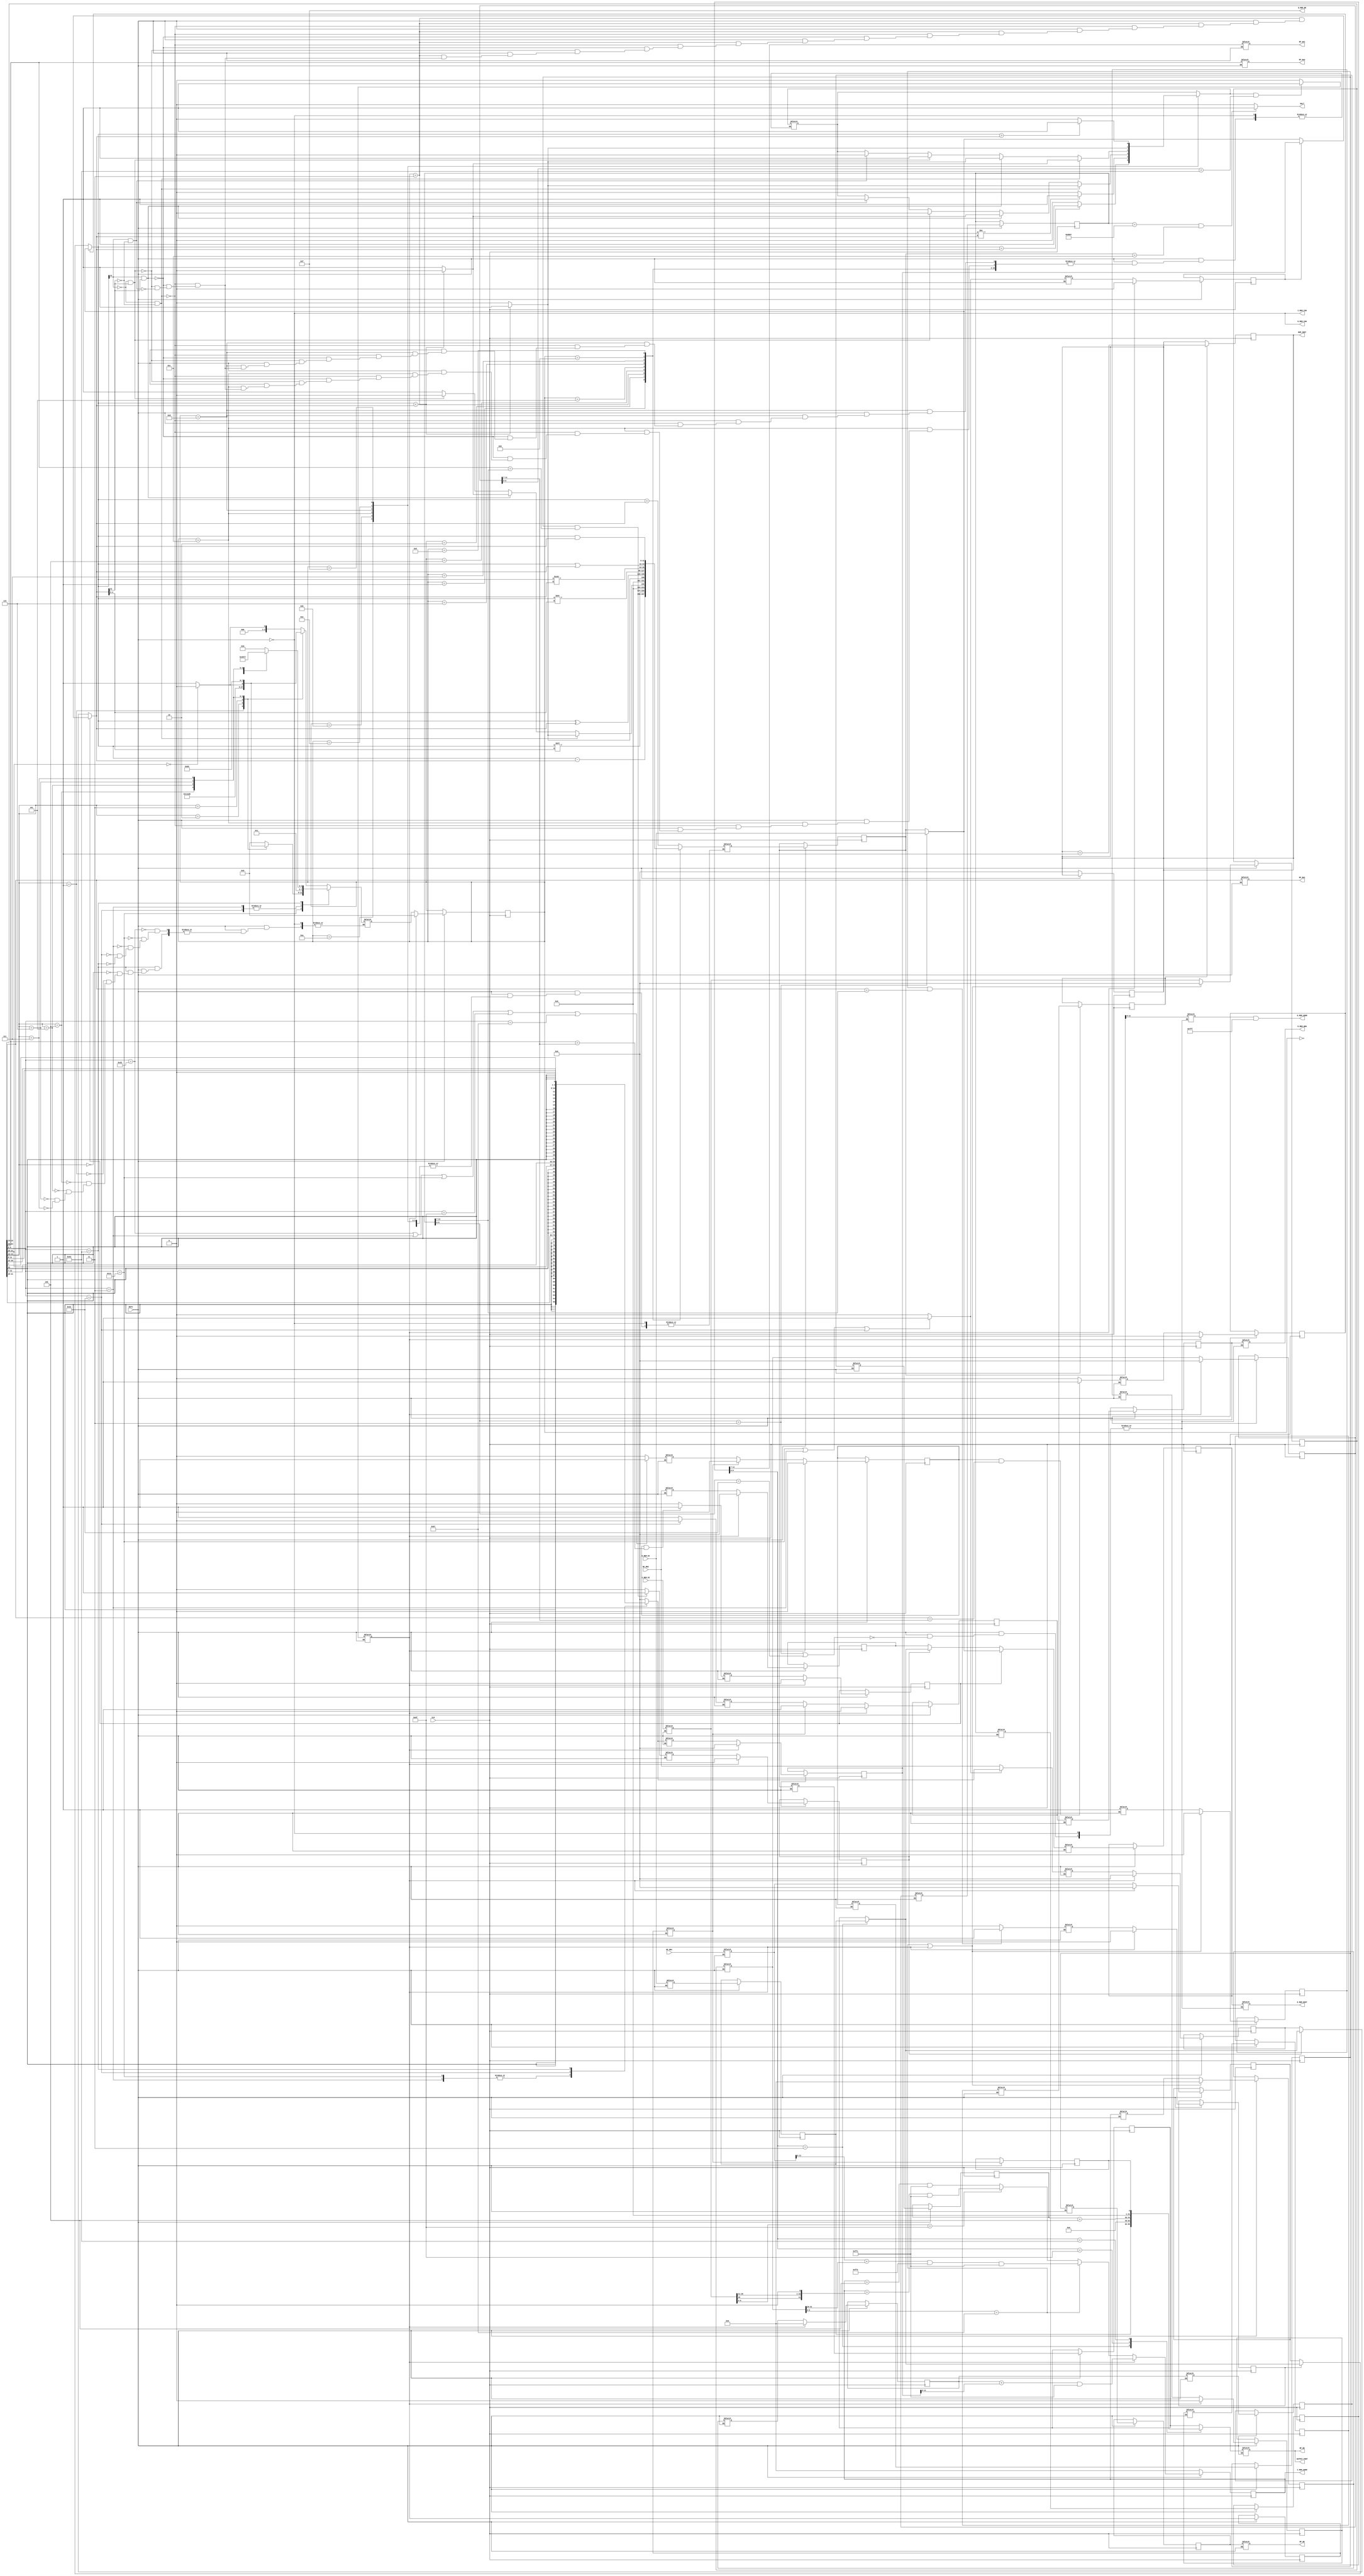
module RISCV_TOP(
	//General Signals
	input wire CLK,
	input wire RSTn,

	//I-Memory Signals
	output wire I_MEM_CSN,
	input wire [31:0] I_MEM_DI,//input from IM
	output reg [11:0] I_MEM_ADDR,//in byte address

	//D-Memory Signals
	output wire D_MEM_CSN,
	input wire [31:0] D_MEM_DI,
	output wire [31:0] D_MEM_DOUT,
	output wire [11:0] D_MEM_ADDR,//in word address
	output wire D_MEM_WEN,
	output wire [3:0] D_MEM_BE,

	//RegFile Signals
	output wire RF_WE,
	output wire [4:0] RF_RA1,
	output wire [4:0] RF_RA2,
	output wire [4:0] RF_WA1,
	input wire [31:0] RF_RD1,
	input wire [31:0] RF_RD2,
	output wire [31:0] RF_WD,
	output wire HALT,                   // if set, terminate program
	output reg [31:0] NUM_INST,         // number of instruction completed
	output wire [31:0] OUTPUT_PORT      // equal RF_WD this port is used for test
	);

///////////////////////////////PARAMATERS////////////////////////////////////
parameter	[6:0]  	OP_R = 7'b0110011, 	//ADD OR...
	          		OP_IC= 7'b0010011, //ADDI, ANDI...
	          		OP_L = 7'b0000011, 	//LW
	          		OP_S = 7'b0100011, 	//SW
					OP_B = 7'b1100011,	//BR
	          		OP_JAL = 7'b1101111,	//JAL
	          		OP_JALR = 7'b1100111;	//JALR
parameter	[3:0]	ALU_ADD = 4'b0000,
					ALU_SUB = 4'b0001,
					ALU_SLL = 4'b0010,
					ALU_SLT = 4'b0011,
					ALU_SLTU = 4'b0100,
					ALU_XOR = 4'b0101,
					ALU_SRL = 4'b0110,
					ALU_SRA = 4'b0111,
					ALU_OR = 4'b1000,
					ALU_AND = 4'b1001,
					ALU_BEQ = 4'b1010,
					ALU_BNE = 4'b1011,
					ALU_BLT = 4'b1100,
					ALU_BGE = 4'b1101,
					ALU_BLTU = 4'b1110,
					ALU_BGEU = 4'b1111;
///////////////////////////////PARAMATERS////////////////////////////////////

///////////////////////////////REGISTERS/////////////////////////////////////
// wire definitions, assign each wire to a reg to be used in behaviral
// Chip select 
	assign I_MEM_CSN = ~RSTn;
	assign D_MEM_CSN = ~RSTn; 
//D-memory
	reg		[31:0]	dmemdout,dmemdi;
	reg		[31:0]	dmemaddr;
	reg		MemWriteN,dmemwen;
	assign 	D_MEM_DOUT = dmemdout;
	assign 	D_MEM_ADDR = dmemaddr & 16'h3fff;
	assign 	D_MEM_WEN = dmemwen; 
	assign D_MEM_BE = 4'b1111;
//RegFile 
	reg 	RegWrite;
	reg 	[4:0] 	rfra1,rfra2,rfwa1;
	reg 	[31:0]	rfrd1,rfrd2,rfwd;
	reg 	rfwe;
	reg 	MemToReg;
	assign	RF_WE = rfwe;
	assign 	RF_RA1 = rfra1;
	assign 	RF_RA2 = rfra2;
	assign 	RF_WA1 = rfwa1;
	assign 	RF_WD = rfwd;
	assign OUTPUT_PORT = rfwd; 

/* DATA HARZARDS */ 
	reg id_ex_in_DH_raw1;
	reg id_ex_in_DH_raw2;
	reg id_mem_in_DH_1;
	reg id_mem_in_DH_2;
	reg id_wb_in_DH_1;
	reg id_wb_in_DH_2;

	reg id_ex_out_DH_raw1;
	reg id_ex_out_DH_raw2;
	reg id_mem_out_DH_1;
	reg id_mem_out_DH_2;
	reg id_wb_out_DH_1;
	reg id_wb_out_DH_2;	

// BRANCH Conditions
	reg bcond;
	// weather a branch was taken 
	reg branch_at_ex_mem_in,branch_at_ex_mem_out;
	reg branch_at_mem_wb_in,branch_at_mem_wb_out;

/* Pipeline Registers */ 
	// the instruction I_MEM_DI is forwarded to every stage of that instruction  

	/* IF stage registers*/ 
	reg if_id_start;
	reg if_id_end;
	// INPUTS
	reg [31:0] if_id_in_I_MEM_DI; 	//input from insturction memeory
	reg [11:0] if_id_in_I_MEM_ADDR;	//instruction address
	// to ID 
	reg [31:0]	if_id_out_I_MEM_DI;
	reg [11:0]	if_id_out_I_MEM_ADDR;	

	/* ID stage registers */
	reg id_exe_start;
	reg id_exe_end;

	reg [31:0] 	id_ex_in_I_MEM_DI;
	reg [11:0]	id_ex_in_I_MEM_ADDR; 
	reg [31:0]	id_ex_in_ALU_A, id_ex_in_ALU_B;
	reg [31:0] 	id_ex_in_imm;
	reg [4:0]	id_ex_in_RF_WA1; //register to write need to passed to every stage
	reg [31:0]	id_ex_in_RF_RD1; 
	reg [31:0]	id_ex_in_RF_RD2; 
	// CONTROLS 
	reg 		id_ex_in_RegWrite, id_ex_in_ALU_src,id_ex_in_MemWriteN;
	reg [3:0]	id_ex_in_ALU_OP; 
	// to EXE
	reg [3:0] 	id_ex_out_ALU_OP;
	reg [31:0]	id_ex_out_I_MEM_DI;
	reg	[11:0]	id_ex_out_I_MEM_ADDR;
	reg [31:0]	id_ex_out_ALU_A,id_ex_out_ALU_B;
	reg [4:0]	id_ex_out_RF_WA1;
	reg [31:0]	id_ex_out_ALU_Result;
	reg [31:0] id_ex_out_RF_RD1;
	reg [31:0] id_ex_out_RF_RD2;
	reg id_ex_out_RegWrite;
	reg id_ex_out_ALU_src;
	reg id_ex_out_MemWriteN;
	reg [31:0]	id_ex_out_imm;

	/* EX stage registers */
	reg exe_mem_start;
	reg exe_mem_end;
	// INPUTS
	reg [31:0] 	ALU_A, ALU_B;
	// OUTPUTS 
	reg [31:0]	ex_mem_in_ALU_Result;
	reg [31:0]	ex_mem_in_I_MEM_DI;
	reg [11:0]	ex_mem_in_I_MEM_ADDR;
	reg	[4:0]	ex_mem_in_RF_WA1;
	reg [31:0]	ex_mem_in_RF_RD1; 
	reg [31:0]	ex_mem_in_RF_RD2; 
	// CONTROLS
	reg ex_mem_in_MemWriteN;
	reg ex_mem_in_RegWrite;
	// to MEM
	reg [31:0]	ex_mem_out_ALU_Result;
	reg [31:0]	ex_mem_out_I_MEM_DI;
	reg	[11:0]	ex_mem_out_I_MEM_ADDR;
	reg [31:0]	ex_mem_out_RF_RD1;
	reg [31:0]	ex_mem_out_RF_RD2;
	reg [3:0]	ex_mem_out_ALU_OP;
	reg [4:0]	ex_mem_out_RF_WA1;
	reg ex_mem_out_RegWrite,ex_mem_out_MemWriteN;

	// MEM stage registers 
	reg mem_wb_start;
	reg	mem_wb_end;
	//OUTPUTS 
	reg [31:0]	mem_wb_in_ALU_Result;
	reg [31:0]	mem_wb_in_I_MEM_DI;
	reg	[11:0]	mem_wb_in_I_MEM_ADDR;
	reg [4:0]	mem_wb_in_RF_WA1;
	reg [3:0]	mem_wb_in_ALU_OP;
	reg	[31:0]	mem_wb_in_D_MEM_DI;
	reg [31:0]	mem_wb_in_RF_RD1;
	reg [31:0]	mem_wb_in_RF_RD2;
	//CONTROL
	reg mem_wb_in_RegWrite;
	// to WB 
	reg [31:0]	mem_wb_out_ALU_Result;
	reg [31:0] 	mem_wb_out_I_MEM_DI;
	reg [11:0]	mem_wb_out_I_MEM_ADDR;
	reg [31:0]	mem_wb_out_D_MEM_DI;
	reg [31:0]  mem_wb_out_RF_RD1;
	reg [31:0]	mem_wb_out_RF_RD2;
	reg [4:0]	mem_wb_out_RF_WA1;
	reg	[3:0]	mem_wb_out_ALU_OP;
	reg mem_wb_out_RegWrite;

//Halt
	assign HALT = (ex_mem_out_I_MEM_DI== 32'h00008067 && ex_mem_out_ALU_Result == 32'h0000000c)?1'b1:1'b0;
///////////////////////////////REGISTERS/////////////////////////////////////


/////////////////////////////FOR DEBUGGING PURPOSES /////////////////////////
	// reg [31:0] if_num, id_num, ex_num,mem_num,wb_num; 
	// reg [31:0] cycle; 
	// initial begin
	// 	if_num <=0; 
	// 	id_num <=0;
	// 	ex_num <=0;
	// 	mem_num <=0;
	// 	wb_num <=0; 
	// 	cycle <=0;
	// end
	// always @(negedge CLK) begin 
	// 	if (RSTn) begin 
	// 		cycle =cycle+1;
	// 		if(if_id_start==1) if_num = if_num+1; 
	// 		if(id_exe_start==1) id_num = id_num+1; 
	// 		if(exe_mem_start==1) ex_num = ex_num+1; 
	// 		if(mem_wb_start==1) mem_num = mem_num+1; 
	// 		if(mem_wb_end == 1) wb_num = wb_num+1; 
			
	// 		$display("Cycle:#d", cycle);
	// 		$display("hazards: %d/%d/%d/%d", id_ex_out_DH_raw1,id_ex_out_DH_raw2,id_mem_out_DH_1 ,id_mem_out_DH_2);
	// 		$display("Instruction#%d, IF stage", if_num);
	// 		$display("Instruction#%d, ID stage", id_num); 
	// 		//if (ex_num==1) $display("Instruction 1 ALU_RESLT: %d", ex_mem_in_ALU_Result);
	// 		$display("Instruction#%d, EX stage", ex_num); 
	// 		$display("ALU_OP: 0x%0x", id_ex_out_ALU_OP);
	// 		$display("ALU_A: 0x%0x, ALU_B: 0x%0x, ALU_result:0x%0x", ALU_A, ALU_B,ex_mem_in_ALU_Result);
	// 		$display("Instruction#%d, MEM stage", mem_num);
	// 		//if (ex_num==1) $display("I1: mem_wb_in_alu_result: %d rfwd:%d", mem_wb_in_ALU_Result,rfwd); 
	// 		$display("Instruction#%d, WB stage", wb_num); 
	// 		$display("output port: 0x%0x", OUTPUT_PORT);
	// 	end		
	// end 
//////////////////////////////FOR DEBUG PURPOSES/////////////////////////////////////////


///////////////////////////////COMBINATIONAL LOGIC//////////////////////////////////////
// IF stage
	always @(*) begin
		if (RSTn) begin  
			if_id_start = 1;  		

			if_id_in_I_MEM_ADDR = I_MEM_ADDR;
			if_id_in_I_MEM_DI = I_MEM_DI;
		end
	end

// ID stage
	always @(*) begin
		if (RSTn) begin   
			id_exe_start = if_id_end;

			id_ex_in_I_MEM_DI = if_id_out_I_MEM_DI;
			id_ex_in_I_MEM_ADDR = if_id_out_I_MEM_ADDR;
			
			rfra1 = if_id_out_I_MEM_DI[19:15]; 
			rfra2 = if_id_out_I_MEM_DI[24:20];
			id_ex_in_RF_WA1  = if_id_out_I_MEM_DI[11:7];
			
		/* construct immediate field from instruction */
			case (id_ex_in_I_MEM_DI[6:0]) 
				OP_IC: 	id_ex_in_imm = {{21{if_id_out_I_MEM_DI[31]}}, if_id_out_I_MEM_DI[30:20]};
				OP_L:	id_ex_in_imm = {{21{if_id_out_I_MEM_DI[31]}}, if_id_out_I_MEM_DI[30:20]};
				OP_S:	id_ex_in_imm = {{21{if_id_out_I_MEM_DI[31]}}, if_id_out_I_MEM_DI[30:25], if_id_out_I_MEM_DI[11:7]};
				OP_B: 	id_ex_in_imm = {{20{if_id_out_I_MEM_DI[31]}}, if_id_out_I_MEM_DI[7], if_id_out_I_MEM_DI[30:25], if_id_out_I_MEM_DI[11:8],1'b0};
				default id_ex_in_imm =0;
			endcase		
			// ALU_src
			if (if_id_out_I_MEM_DI[6:0] == OP_IC ||if_id_out_I_MEM_DI[6:0] == OP_L || if_id_out_I_MEM_DI[6:0] == OP_S ) begin
				id_ex_in_ALU_src = 1;
			end
			else id_ex_in_ALU_src= 0;	

			// ALU_OP 
			case(if_id_out_I_MEM_DI[6:0])
				OP_R: begin 
					case(if_id_out_I_MEM_DI[14:12]) 
						3'b000: id_ex_in_ALU_OP = (if_id_out_I_MEM_DI[31:25]==7'b0000000)? ALU_ADD:ALU_SUB;
						3'b001: id_ex_in_ALU_OP = ALU_SLL;
						3'b010:	id_ex_in_ALU_OP = ALU_SLT;
						3'b011:	id_ex_in_ALU_OP = ALU_SLTU;
						3'b100: id_ex_in_ALU_OP = ALU_XOR;
						3'b101:	id_ex_in_ALU_OP = (if_id_out_I_MEM_DI[31:25]==7'b0000000)? ALU_SRL:ALU_SRA;
						3'b110:	id_ex_in_ALU_OP = ALU_OR;
						3'b111: id_ex_in_ALU_OP = ALU_AND;
					endcase
				end 
				OP_IC: begin 
					case(if_id_out_I_MEM_DI[14:12]) 
						3'b000: id_ex_in_ALU_OP = ALU_ADD;
						3'b001: id_ex_in_ALU_OP = ALU_SLL;
						3'b010:	id_ex_in_ALU_OP = ALU_SLT;
						3'b011:	id_ex_in_ALU_OP = ALU_SLTU;
						3'b100: id_ex_in_ALU_OP = ALU_XOR;
						3'b101:	id_ex_in_ALU_OP = (if_id_out_I_MEM_DI[31:25]==7'b0000000)? ALU_SRL:ALU_SRA;
						3'b110:	id_ex_in_ALU_OP = ALU_OR;
						3'b111: id_ex_in_ALU_OP = ALU_AND;
					endcase
				end 
				OP_L: begin 
					id_ex_in_ALU_OP = ALU_ADD;
				end 
				OP_S: begin 
					id_ex_in_ALU_OP = ALU_ADD;	
				end 
				OP_B: begin 
					case(if_id_out_I_MEM_DI[14:12])
						3'b000: id_ex_in_ALU_OP = ALU_BEQ;
						3'b001: id_ex_in_ALU_OP = ALU_BNE;
						3'b100: id_ex_in_ALU_OP = ALU_BLT;
						3'b101:	id_ex_in_ALU_OP = ALU_BGE;
						3'b110:	id_ex_in_ALU_OP = ALU_BLTU;
						3'b111: id_ex_in_ALU_OP = ALU_BGEU;
					endcase
				end
			endcase

			// Set ALU operands 
			id_ex_in_ALU_A = RF_RD1;
			id_ex_in_ALU_B =  id_ex_in_ALU_src? id_ex_in_imm: RF_RD2; 

			// save rs1 and rs2 for later use
			id_ex_in_RF_RD2 = RF_RD2; 
			id_ex_in_RF_RD1 = RF_RD1;

			// RegWrite
			if (if_id_out_I_MEM_DI[6:0] == OP_R ||if_id_out_I_MEM_DI[6:0] == OP_L || if_id_out_I_MEM_DI[6:0]== OP_IC|| if_id_out_I_MEM_DI[6:0] == OP_JAL || if_id_out_I_MEM_DI[6:0] == OP_JALR ) begin
				id_ex_in_RegWrite = 1;
			end
			else id_ex_in_RegWrite= 0;
			// MemWrite 
			id_ex_in_MemWriteN = (if_id_out_I_MEM_DI[6:0] == OP_S) ? 0:1;

	/* Hazard Detection */  
			// hazard in ex state 
			// read after write rs1 
			if (id_ex_out_RegWrite && if_id_out_I_MEM_DI[19:15]==id_ex_out_I_MEM_DI[11:7]) begin 
				id_ex_in_DH_raw1 = 1;
			end
			else id_ex_in_DH_raw1 = 0;
			// read after write rs2
			if (id_ex_out_RegWrite && if_id_out_I_MEM_DI[24:20]==id_ex_out_I_MEM_DI[11:7]) begin 
				id_ex_in_DH_raw2 = 1;
			end
			else id_ex_in_DH_raw2 = 0;			
			
			// hazard in mem state 
			// read after write rs1 
			if (ex_mem_out_RegWrite && if_id_out_I_MEM_DI[19:15]==ex_mem_out_I_MEM_DI[11:7]) begin 
				id_mem_in_DH_1 = 1;
			end
			else id_mem_in_DH_1 = 0;

			// read after write rs2 
			if (ex_mem_out_RegWrite && if_id_out_I_MEM_DI[24:20]==ex_mem_out_I_MEM_DI[11:7]) begin 
				id_mem_in_DH_2 = 1;
			end
			else id_mem_in_DH_2 = 0;	
		end
	end
	
	// EXE
	always @(*) begin
		if (RSTn) begin  
			exe_mem_start = id_exe_end; 

			// get ID pipeline registers and feed to EXE pipeline 
			ex_mem_in_I_MEM_DI  = id_ex_out_I_MEM_DI; 
			ex_mem_in_I_MEM_ADDR = id_ex_out_I_MEM_ADDR; 
			ex_mem_in_RF_WA1 = id_ex_out_RF_WA1;

			ex_mem_in_RegWrite = id_ex_out_RegWrite; 
			ex_mem_in_MemWriteN = id_ex_out_MemWriteN; 

			// save rs1, rs2
			ex_mem_in_RF_RD2 = id_ex_out_RF_RD2; 
			ex_mem_in_RF_RD1 = id_ex_out_RF_RD1; 

			// dealing with harzards 
			// 1.ALU_A: choose the ALU result of the previous instruction or data memory if load instruction
			if(id_ex_out_DH_raw1) begin 
				ALU_A = ex_mem_out_I_MEM_DI[6:0] == OP_L? D_MEM_DI:ex_mem_out_ALU_Result;	
			end
			else if (id_mem_out_DH_1) begin 
				ALU_A = mem_wb_out_I_MEM_DI[6:0] == OP_L? mem_wb_out_D_MEM_DI:mem_wb_out_ALU_Result;		
			end
			else ALU_A = id_ex_out_ALU_A;

			// 1.ALU_B : choose alu_b is rs2, choose previous alu result or data memory if load instruction
			if(id_ex_out_DH_raw2) begin 
				if (id_ex_out_ALU_src) ALU_B = id_ex_out_imm; 
				else ALU_B = (ex_mem_out_I_MEM_DI[6:0] == OP_L) ? D_MEM_DI: ex_mem_out_ALU_Result;
			end
			else if (id_mem_out_DH_2) begin 
				ALU_B = mem_wb_out_I_MEM_DI[6:0] == OP_L? mem_wb_out_D_MEM_DI:mem_wb_out_ALU_Result;		
			end
			else ALU_B = id_ex_out_ALU_B;		
			
			// rs2: rs2 might not have been updated, get the alu_result instead, or data memory if load instruction  
			if (id_ex_out_DH_raw2) begin 
				ex_mem_in_RF_RD2 = (ex_mem_out_I_MEM_DI[6:0]==OP_L)? D_MEM_DI:ex_mem_out_ALU_Result;
			end
			else if (id_mem_out_DH_2 )begin 
				ex_mem_in_RF_RD2 = (mem_wb_out_I_MEM_DI[6:0]==OP_L)? mem_wb_out_D_MEM_DI:mem_wb_out_ALU_Result; 
			end
			else ex_mem_in_RF_RD2 =  id_ex_out_RF_RD2;



			// ALU unit 
			case (id_ex_out_ALU_OP)
				ALU_ADD: ex_mem_in_ALU_Result = ALU_A + ALU_B;
				ALU_SUB: ex_mem_in_ALU_Result = ALU_A - ALU_B;
				ALU_SLL: ex_mem_in_ALU_Result = ALU_A << ALU_B[4:0];
				ALU_SLT: begin 
					if(ALU_A[31]==0 && ALU_B[31]==0)begin
						ex_mem_in_ALU_Result = (ALU_A < ALU_B) ? 1:0;
					end
					else if (ALU_A[31]==1 && ALU_B[31]==1) begin
						ex_mem_in_ALU_Result = (ALU_A < ALU_B) ? 0:1;
					end
					else if (ALU_A[31]==0 && ALU_B[31]==1) begin
						ex_mem_in_ALU_Result = 0;
					end
					else if (ALU_A[31]==1 && ALU_B[31]==0) begin
						ex_mem_in_ALU_Result = 1;
					end						
				end
				ALU_SLTU: 	ex_mem_in_ALU_Result = (ALU_A<ALU_B)? 1:0;
				ALU_XOR:	ex_mem_in_ALU_Result = ALU_A ^ ALU_B;
				ALU_SRL:	ex_mem_in_ALU_Result = ALU_A >> ALU_B[4:0];
				ALU_SRA:	ex_mem_in_ALU_Result = ALU_A >>> ALU_B;
				ALU_OR:		ex_mem_in_ALU_Result = ALU_A | ALU_B;
				ALU_AND:	ex_mem_in_ALU_Result = ALU_A & ALU_B;

				// ALU for branching
				ALU_BEQ: bcond = (ALU_A == ALU_B)? 1:0;  
				ALU_BNE: bcond = (ALU_A != ALU_B)? 1:0; 
				ALU_BLT: begin 
					if(ALU_A[31]==0 && ALU_B[31]==0)begin
						bcond = (ALU_A < ALU_B) ? 1:0;
					end
					else if (ALU_A[31]==1 && ALU_B[31]==1) begin
						bcond = (ALU_A < ALU_B) ? 0:1;
					end
					else if (ALU_A[31]==0 && ALU_B[31]==1) begin
						bcond = 0;
					end
					else if (ALU_A[31]==1 && ALU_B[31]==0) begin
						bcond = 1;
					end	
				end
				ALU_BGE: begin
					if(ALU_A[31]==0 && ALU_B[31]==0)begin
						bcond = (ALU_A < ALU_B) ? 0:1;
					end
					else if (ALU_A[31]==1 && ALU_B[31]==1) begin
						bcond = (ALU_A < ALU_B) ? 1:0;
					end
					else if (ALU_A[31]==0 && ALU_B[31]==1) begin
						bcond = 1;
					end
					else if (ALU_A[31]==1 && ALU_B[31]==0) begin
						bcond = 0;
					end	
				end
				ALU_BLTU: bcond = (ALU_A < ALU_B)? 1:0; 
				ALU_BGEU: bcond = (ALU_A > ALU_B)? 1:0; 
				default: begin
						ex_mem_in_ALU_Result = 0;
						bcond = 0;
				end
			endcase
			 
			// whether the branch was taken 
			branch_at_ex_mem_in = (bcond && (id_ex_out_I_MEM_DI[6:0]==OP_B)) ? 1:0;
		end
	end
	
// MEM 
	always @(*) begin
		if (RSTn) begin  
			mem_wb_start = exe_mem_end; 

			// get EXE pipeline registers and fill in MEM pipeline registers 
			mem_wb_in_ALU_Result = ex_mem_out_ALU_Result; 
			mem_wb_in_I_MEM_DI = ex_mem_out_I_MEM_DI; 
			mem_wb_in_I_MEM_ADDR = ex_mem_out_I_MEM_ADDR;
			mem_wb_in_D_MEM_DI = D_MEM_DI; 
			mem_wb_in_RegWrite = ex_mem_out_RegWrite; 
			mem_wb_in_RF_WA1 = ex_mem_out_RF_WA1; 
			//save rs1 rs2
			mem_wb_in_RF_RD2 = ex_mem_out_RF_RD2; 
			mem_wb_in_RF_RD1 = ex_mem_out_RF_RD1; 
			//save branch information 
			branch_at_mem_wb_in = branch_at_ex_mem_out; 

			// Load and Store Exit 
			if (mem_wb_in_I_MEM_DI[6:0]== OP_L || mem_wb_in_I_MEM_DI[6:0]== OP_S) begin
				dmemaddr = ex_mem_out_ALU_Result; 
				dmemwen = ex_mem_out_MemWriteN; 
				dmemdout = ex_mem_out_RF_RD2;
			end
		end		
	end

// WB
	always @(*) begin
		if (RSTn) begin  
			// Other instruction exit 
			//set write back value 
			case (mem_wb_out_I_MEM_DI[6:0])
				OP_L: 		rfwd = mem_wb_out_D_MEM_DI; 
				OP_JAL: 	rfwd = mem_wb_out_I_MEM_ADDR + 12'd4; 
				OP_B: 		rfwd = branch_at_mem_wb_out; 
				default: 	rfwd = mem_wb_out_ALU_Result;
			endcase			
			// setup write back	
			rfwa1 = mem_wb_out_I_MEM_DI[11:7]; 
			rfwe = mem_wb_out_RegWrite; 
		end
	end
///////////////////////////////COMBINATIONAL LOGIC//////////////////////////////////////

///////////////////////////////SEWQUENCIAL LOGIC//////////////////////////////////////
	initial begin
		NUM_INST <= 0;
	end
	
	//count number of instructions
	always @(negedge CLK) begin 
		if(mem_wb_end) begin 
			NUM_INST <= NUM_INST + 1;
		end
	end
// update PC, stall the pipeline if branch was taken or jumped 
	always @(posedge CLK) begin 
		if (~RSTn) begin 
			NUM_INST <= 0; 
			I_MEM_ADDR <= 0;
		end
		if (RSTn) begin
			// find next pc
			// if branch was taken, stall and move to branch address  
			if (branch_at_ex_mem_in) begin 
				I_MEM_ADDR 	<= ({{20{id_ex_out_I_MEM_ADDR}},id_ex_out_I_MEM_ADDR[11:0]} + id_ex_out_imm) & 12'hffc; 
			end
			// if JALR, stall and move to return address
			else if (id_ex_in_I_MEM_DI[6:0]==OP_JALR) begin 
				I_MEM_ADDR 	<= ((id_ex_in_ALU_A + 
					({{20{id_ex_in_I_MEM_DI}},id_ex_in_I_MEM_DI[31:20]}))&32'hfffffffe) & 12'hffc;  
			end
			// if JAL, stall and move to jump address 
			else if (if_id_in_I_MEM_DI[6:0]==OP_JAL) begin 
				I_MEM_ADDR <= ({ {20{I_MEM_ADDR[11]}} ,I_MEM_ADDR[11:0]} +
					 { {11{if_id_in_I_MEM_DI[31]}}, if_id_in_I_MEM_DI[31], if_id_in_I_MEM_DI[19:12]
					 ,if_id_in_I_MEM_DI[20],if_id_in_I_MEM_DI[30:21],1'b0}) & 12'hffc; 
			end
			//pc_step
			else I_MEM_ADDR <= (I_MEM_ADDR + 4) & 12'hffc;
		end
	end

// pipeline flow IF -> ID 
	always @(posedge CLK) begin 
		if (RSTn) begin
			// stall if branched 
			if ( id_ex_in_I_MEM_DI[6:0] == OP_JALR || branch_at_ex_mem_in) begin 
				if_id_end <= 0; 
				if_id_out_I_MEM_DI <= 0;
				if_id_out_I_MEM_ADDR <= 0;
			end
			// pipe flows otherwise 
			else begin 
				if_id_end <= if_id_start; 
				if_id_out_I_MEM_DI <= if_id_in_I_MEM_DI; 
				if_id_out_I_MEM_ADDR <= if_id_in_I_MEM_ADDR; 
			end
		end
	end

// pipeline flow ID -> EXE
	always @(posedge CLK) begin 
		if (RSTn) begin
			// if branched, stall the pipe line, reset data hazard as well 
			if (branch_at_ex_mem_in) begin 
				id_exe_end <= 0; 
				id_ex_out_ALU_OP 	<= 0; 
				id_ex_out_imm 		<= 0; 
				id_ex_out_I_MEM_DI 	<= 0;
				id_ex_out_I_MEM_ADDR <= 0; 
				id_ex_out_RegWrite 	<= 0;
				id_ex_out_RF_WA1 	<= 0;
				id_ex_out_ALU_src 	<= 0;
				id_ex_out_ALU_A 	<=0; 
				id_ex_out_ALU_B 	<=0;
				
				id_ex_out_DH_raw1 	<=0; 				
				id_mem_out_DH_1 	<=0; 
				id_wb_out_DH_1 		<=0; 
				id_ex_out_DH_raw2 	<=0;
				id_mem_out_DH_2 	<= 0; 
				id_wb_out_DH_2 		<= 0;

				id_ex_out_MemWriteN <=0;
				id_ex_out_RF_RD2 	<= 0; 
				id_ex_out_RF_RD1 	<= 0; 
			end
			// otherwise pipe flows ID->EXE
			else begin 
				id_exe_end 				<= id_exe_start; 
				id_ex_out_ALU_OP 		<= id_ex_in_ALU_OP; 
				id_ex_out_imm 			<= id_ex_in_imm; 
				id_ex_out_I_MEM_DI 		<= id_ex_in_I_MEM_DI;
				id_ex_out_I_MEM_ADDR 	<= id_ex_in_I_MEM_ADDR; 
				id_ex_out_RegWrite 		<= (branch_at_mem_wb_in)? 0:id_ex_in_RegWrite;
				id_ex_out_RF_WA1 		<= id_ex_in_RF_WA1;
				id_ex_out_ALU_src 		<= id_ex_in_ALU_src;
				id_ex_out_ALU_A 		<= id_ex_in_ALU_A; 
				id_ex_out_ALU_B 		<= id_ex_in_ALU_B;
				id_ex_out_MemWriteN <= (branch_at_mem_wb_in)? 1:id_ex_in_MemWriteN;
				id_ex_out_RF_RD2 	<= id_ex_in_RF_RD2; 
				id_ex_out_RF_RD1 	<= id_ex_in_RF_RD1; 

				id_ex_out_DH_raw1 	<= id_ex_in_DH_raw1; 	
				id_mem_out_DH_1 	<= id_mem_in_DH_1; 
				id_wb_out_DH_1 		<= id_wb_in_DH_1; 
				id_ex_out_DH_raw2 	<= id_ex_in_DH_raw2;
				id_mem_out_DH_2 	<= id_mem_in_DH_2; 
				id_wb_out_DH_2 		<= id_wb_in_DH_2;
			end
		end
	end
// pipeline flow EXE --> MEM	
	always @(posedge CLK) begin 
		if (RSTn) begin	
			// All hazard and branching should have been detected
			// pipe flows
			exe_mem_end				<= exe_mem_start;
			ex_mem_out_I_MEM_DI 	<= ex_mem_in_I_MEM_DI; 
			ex_mem_out_I_MEM_ADDR 	<= ex_mem_in_I_MEM_ADDR; 
			ex_mem_out_ALU_Result 	<= ex_mem_in_ALU_Result;
			ex_mem_out_RegWrite 	<= ex_mem_in_RegWrite; 
			ex_mem_out_RF_WA1 		<= ex_mem_in_RF_WA1; 
			ex_mem_out_MemWriteN 	<= ex_mem_in_MemWriteN;
			ex_mem_out_RF_RD2 		<= ex_mem_in_RF_RD2; 
			ex_mem_out_RF_RD1 		<= ex_mem_in_RF_RD1; 

			branch_at_ex_mem_out 	<= branch_at_ex_mem_in; 		
		end
	end
// pipeline flow MEM --> WB 
	always @(posedge CLK) begin 
		if (RSTn) begin
			// All hazard and branching should have been detected
			// pipe flows
			mem_wb_end <= mem_wb_start; 
			mem_wb_out_I_MEM_DI 	<= mem_wb_in_I_MEM_DI; 
			mem_wb_out_I_MEM_ADDR 	<= mem_wb_in_I_MEM_ADDR; 
			mem_wb_out_ALU_Result 	<= mem_wb_in_ALU_Result;
			mem_wb_out_RegWrite 	<= mem_wb_in_RegWrite; 
			mem_wb_out_RF_WA1 		<= mem_wb_in_RF_WA1; 
			mem_wb_out_D_MEM_DI 	<= mem_wb_in_D_MEM_DI; 
			mem_wb_out_RF_RD2 		<= mem_wb_in_RF_RD2; 
			mem_wb_out_RF_RD1 		<= mem_wb_in_RF_RD1; 

			branch_at_mem_wb_out 	<= branch_at_mem_wb_in; 
		end 
	end
///////////////////////////////SEWQUENCIAL LOGIC//////////////////////////////////////
endmodule //